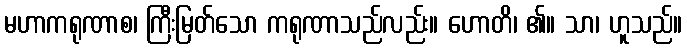
မဟာကရုဏာစ၊ ကြီးမြတ်သော ကရုဏာသည်လည်း။ ဟောတိ၊ ၏။ သာ၊ ဟူသည်။